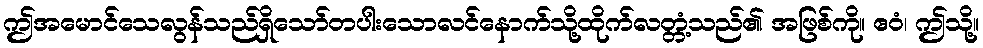
ဤအမောင်သေလွန်သည်ရှိသော်တပါးသောလင်နောက်သို့ထိုက်လတ္တံ့သည်၏ အဖြစ်ကို။ ဧဝံ၊ ဤသို့။